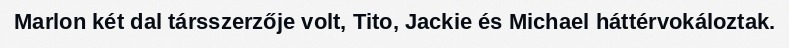
Marlon két dal társszerzője volt, Tito, Jackie és Michael háttérvokáloztak.